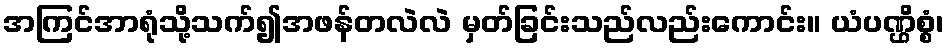
အကြင်အာရုံသို့သက်၍အဖန်တလဲလဲ မှတ်ခြင်းသည်လည်းကောင်း။ ယံပဏ္ဌိစ္စံ၊